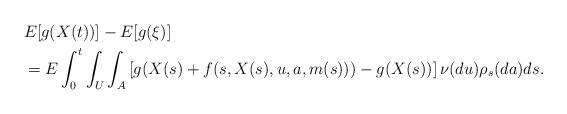
LaTeX: \begin{align*}&E[g(X(t))] - E[g(\xi)] \\ &= E\int_0^t\int_U\int_A \left[ g(X(s) + f(s,X(s), u, a, m(s))) -g(X(s))\right] \nu(du)\rho_s(da)ds.\end{align*}